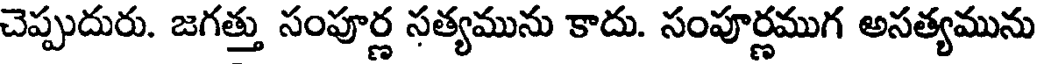
చెప్పుదురు. జగత్తు సంపూర్ణ సత్యమును కాదు. సంపూర్ణముగ అసత్యమును